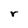
Character: r